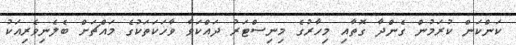
ކަންކަން ކުރަމުން ގެންދާ ގޮތާއި މިހާރުގެ މިނިސްޓަރު ދައްކަވާ ވާހަކަތަކުގެ މައްޗަށް ބެލެނިވެރިއަކު